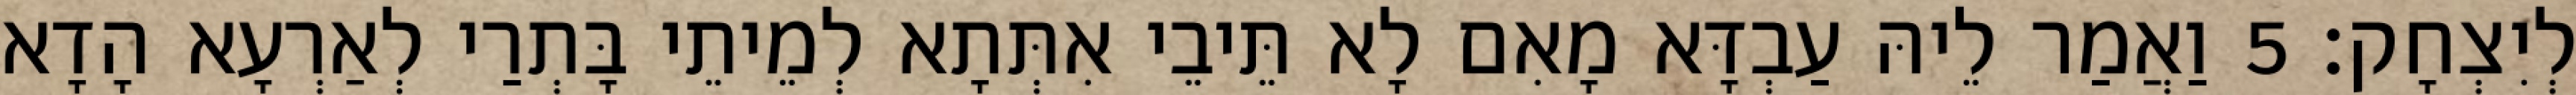
לְיִצְחָק׃ 5 וַאֲמַר לֵיהּ עַבְדָּא מָאִם לָא תֵּיבֵי אִתְּתָא לְמֵיתֵי בָּתְרַי לְאַרְעָא הָדָא